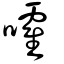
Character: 嚯